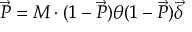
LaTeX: \vec { { \cal P } } = { \cal M } \cdot ( 1 - \vec { { \cal P } } ) \theta ( 1 - \vec { { \cal P } } ) \vec { \delta }